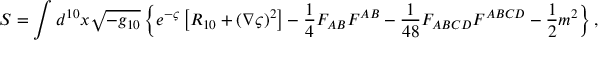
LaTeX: S = \int d ^ { 1 0 } x \sqrt { - g _ { 1 0 } } \left\{ e ^ { - \varsigma } \left[ R _ { 1 0 } + \left( \nabla \varsigma \right) ^ { 2 } \right] - \frac { 1 } { 4 } F _ { A B } F ^ { A B } - \frac { 1 } { 4 8 } F _ { A B C D } F ^ { A B C D } - \frac { 1 } { 2 } m ^ { 2 } \right\} ,